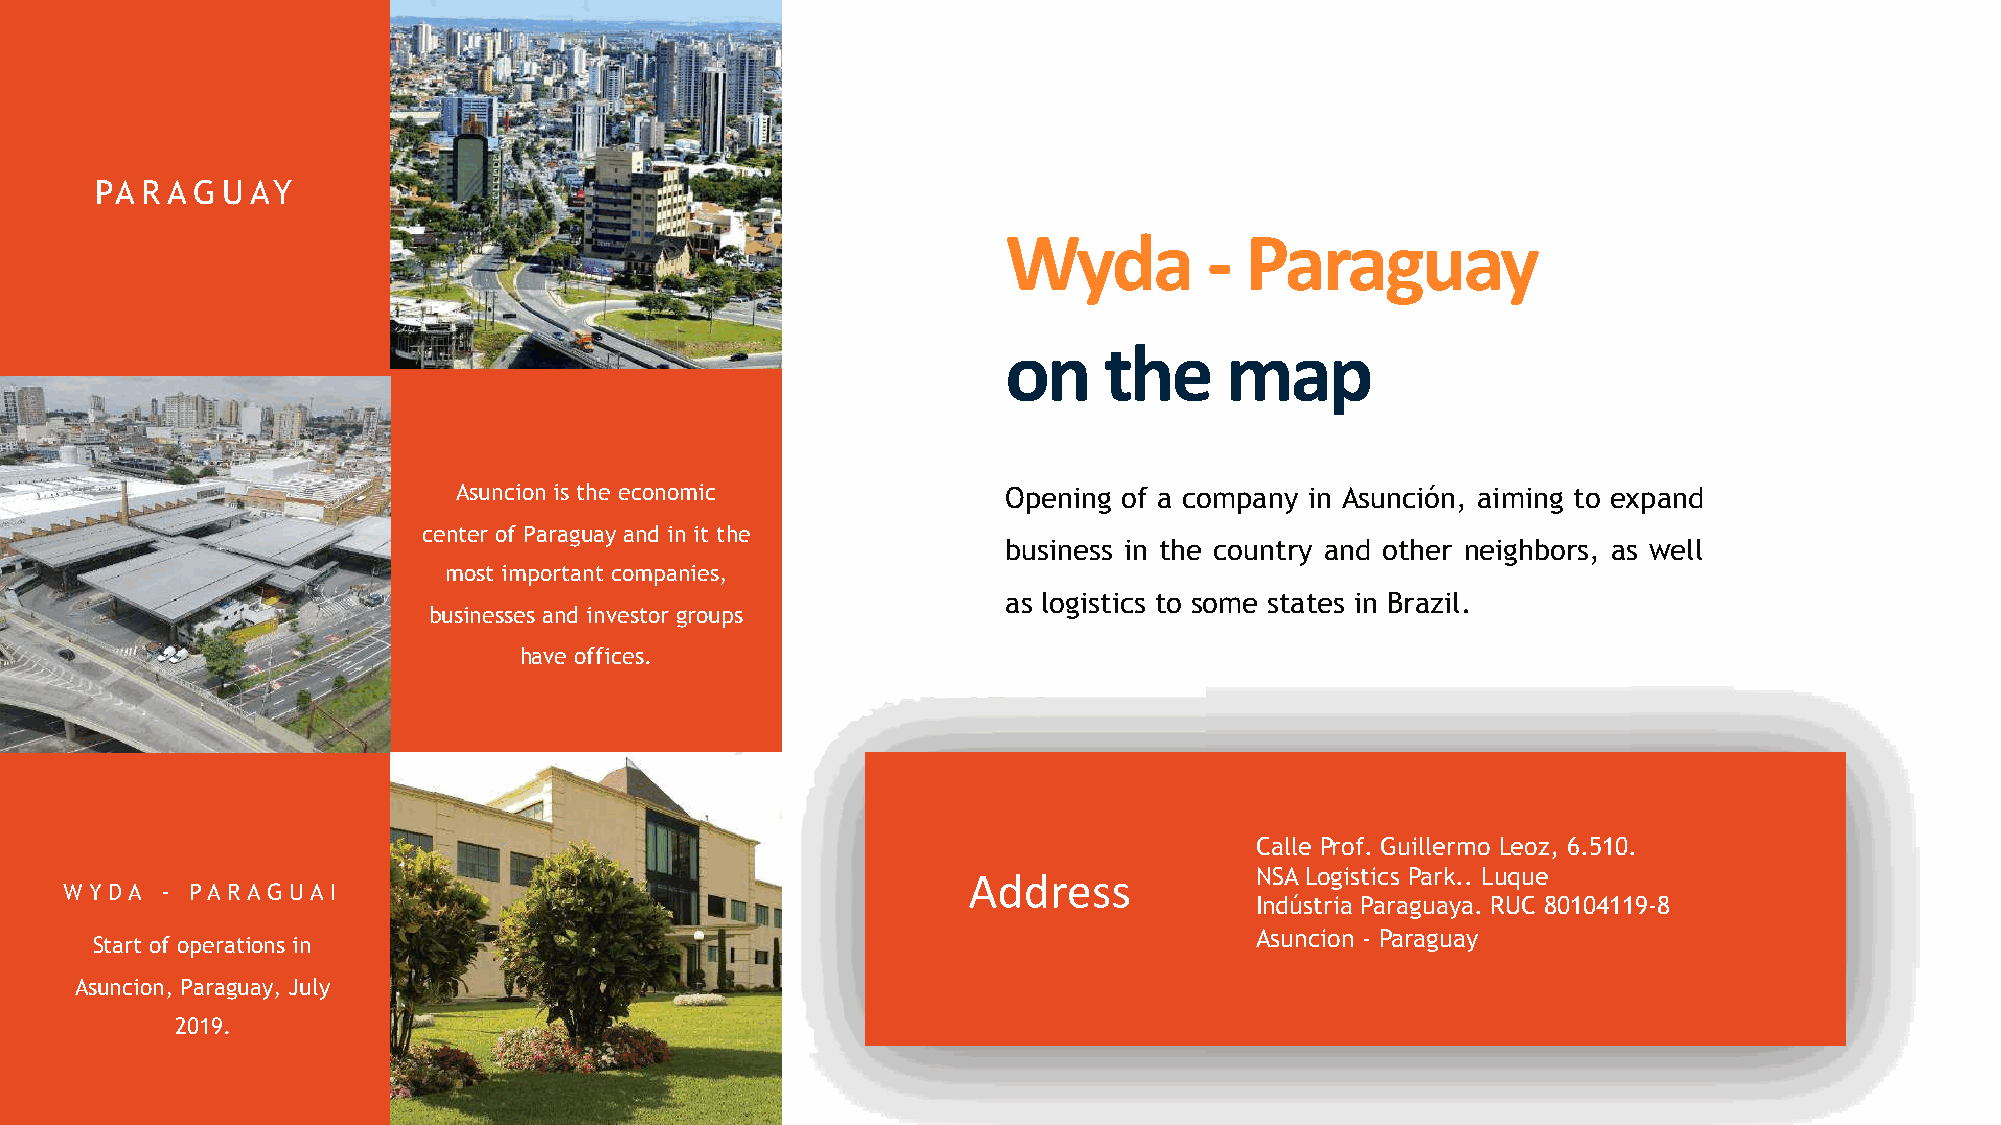
PA R A G U AY
 !"#$%&         '$($)*$"
 +,%-./%0$1
 Asuncion is the economic             Opening of a company in Asunción, aiming to expand
 center of Paraguay and in it the
 business in the country and other neighbors, as well
 most important companies,
 as logistics to some states in Brazil.
 businesses and investor groups
 have offices.
 Calle Prof. Guillermo Leoz, 6.510.
 NSA Logistics Park.. Luque
 !""#$%%
 W YD A - PA RA G UA I
 Indústria Paraguaya. RUC 80104119-8
 Asuncion - Paraguay
 Start of operations in
 Asuncion, Paraguay, July
 2019.